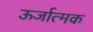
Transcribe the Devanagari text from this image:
ऊर्जात्मक